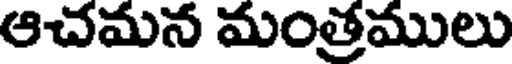
ఆచమన మంత్రములు